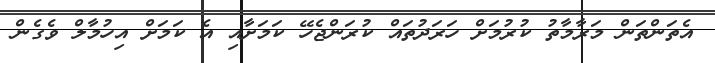
އެތަންތަން މަރާމާތު ކުރުމަށް ހަރަދުތައް ކުރަންޖެހޭ ކަމަށާއި އެ ކަމަށް އިހުމާލް ވެގެން